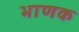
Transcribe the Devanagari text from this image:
भाणक